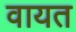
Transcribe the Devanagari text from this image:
वायत